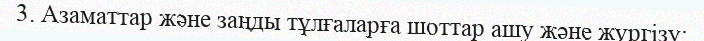
3. Азаматтар және заңды тұлғаларға шоттар ашу және жүргізу;